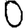
Digit: 0